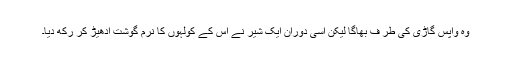
وہ واپس گاڑی کی طر ف بھاگا لیکن اسی دوران ایک شیر نے اس کے کولہوں کا نرم گوشت ادھیڑ کر رکھ دیا۔